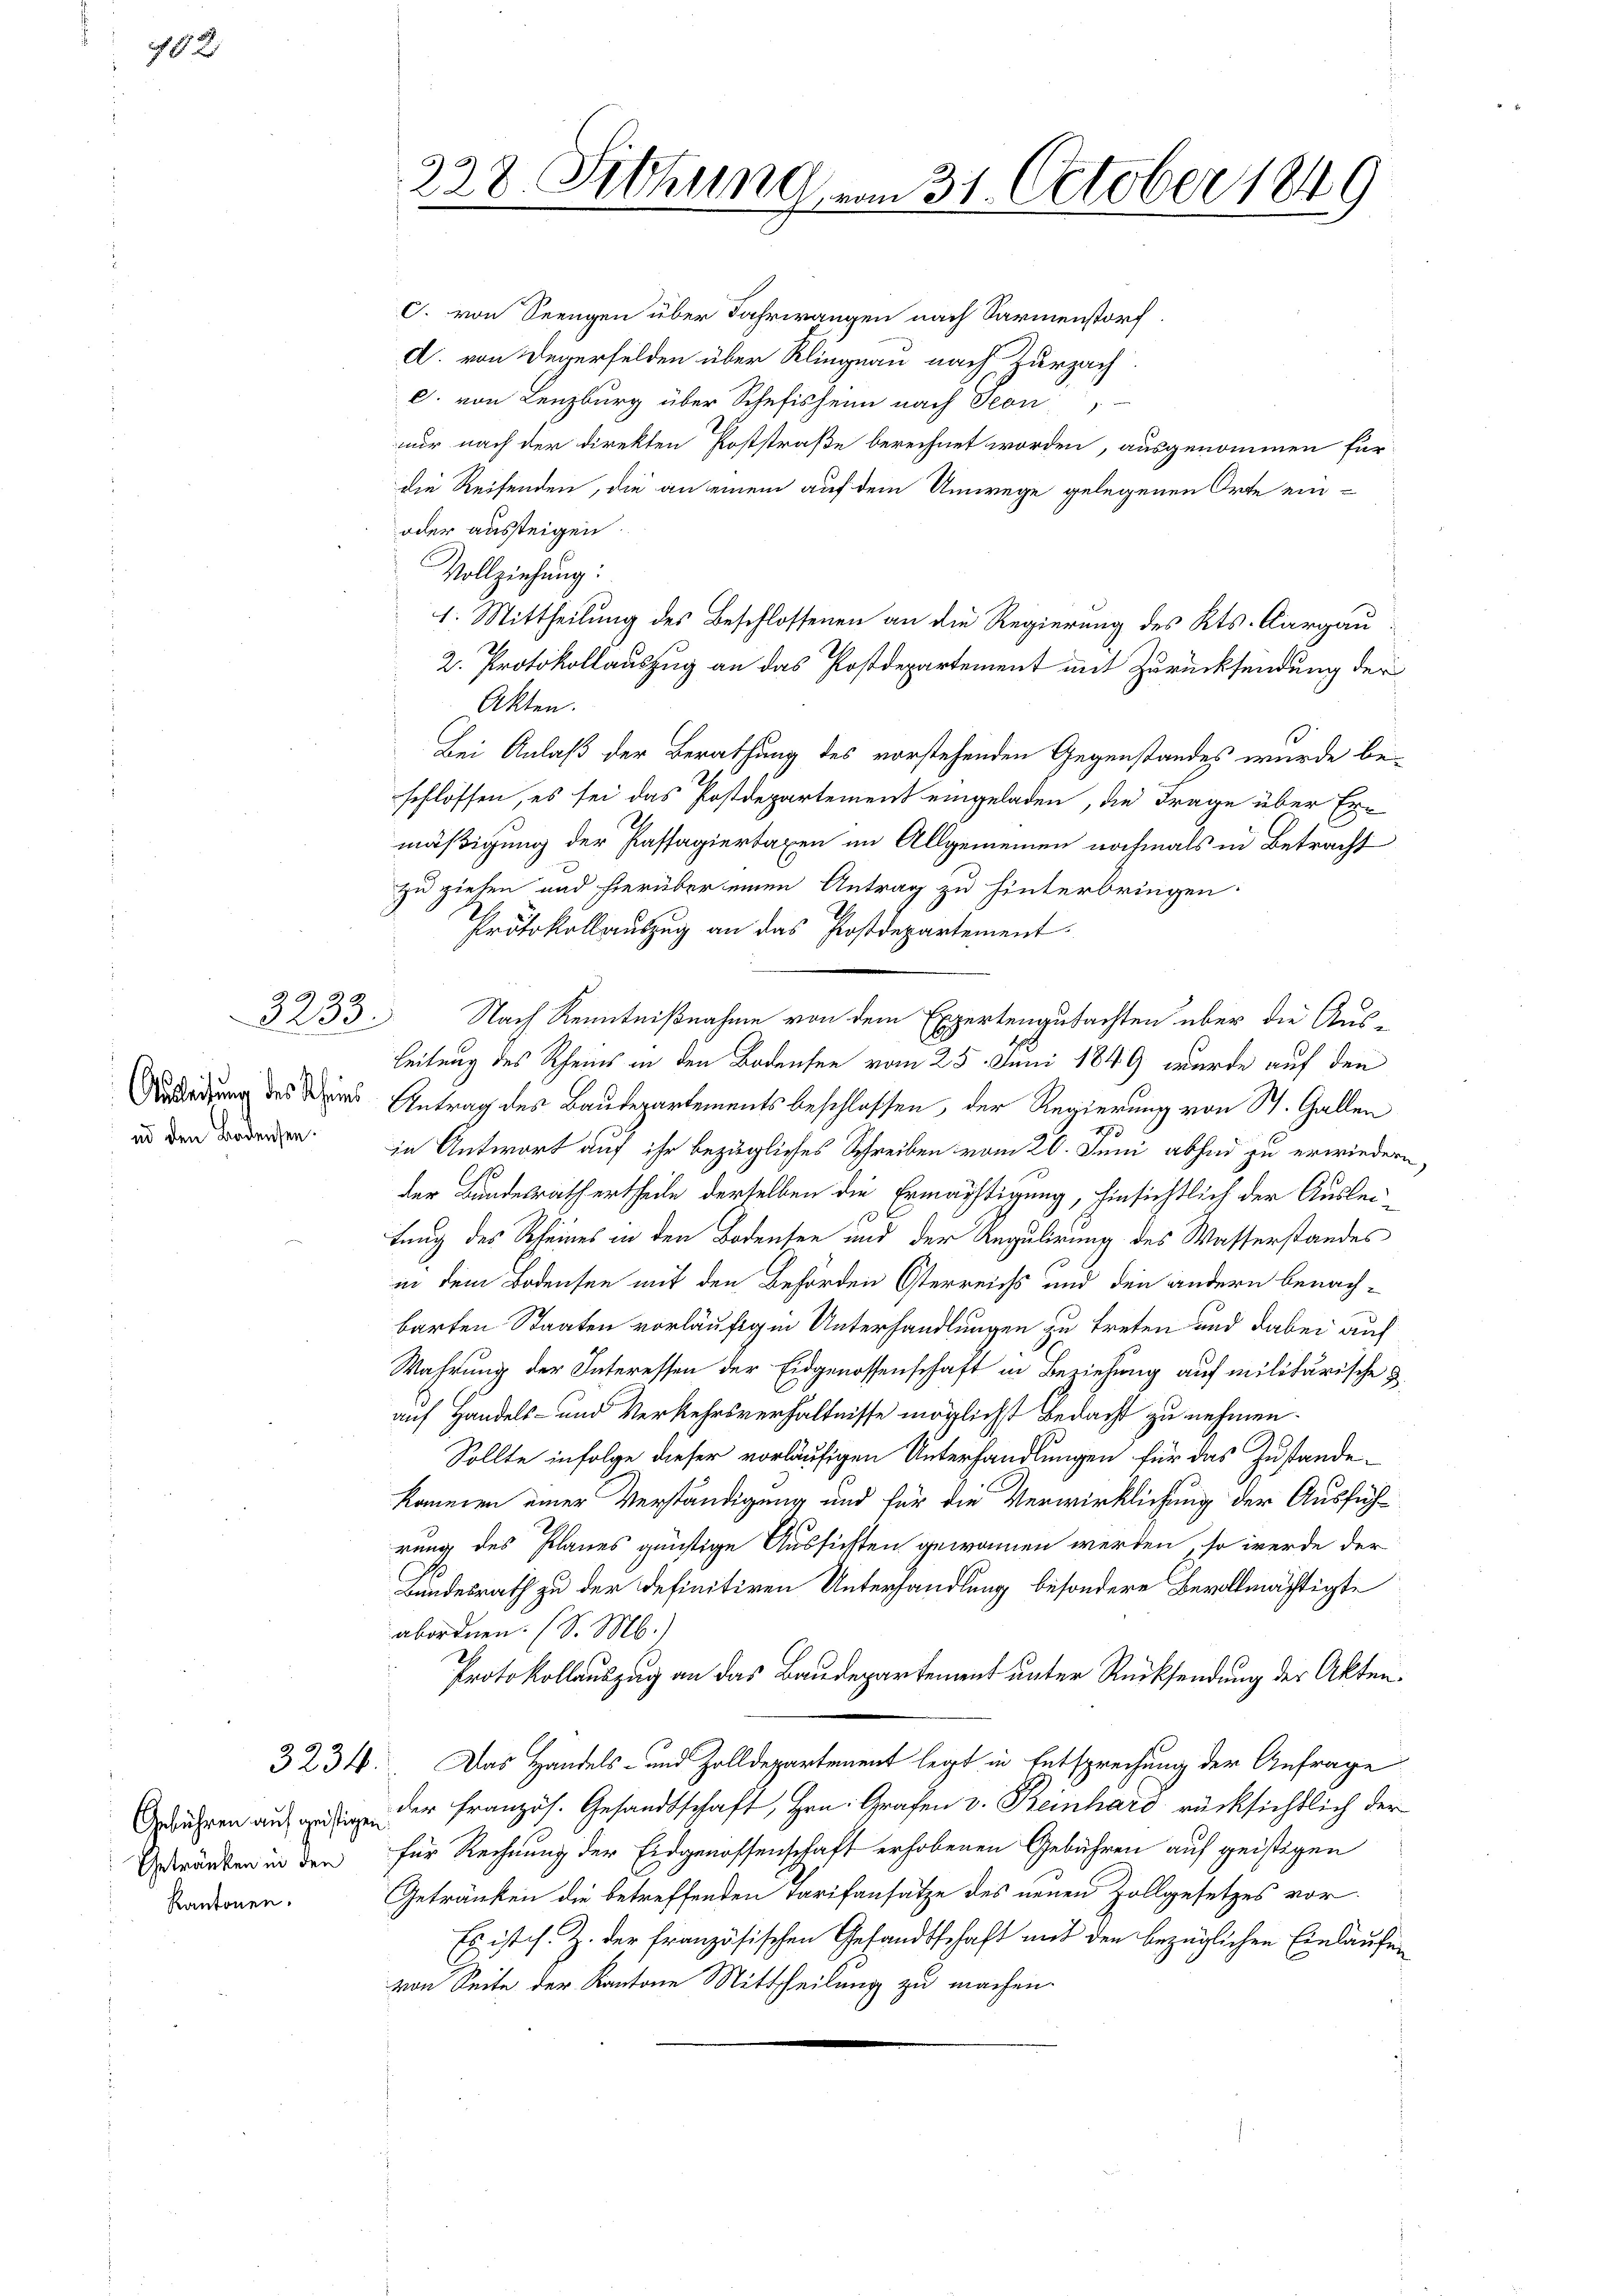
78. 2

Ausleitung des Rheins
ud den Badensen.

3233.

Getränken in den
Kantonen.

228. Sitzung vom 31. October 1849

C. von Seengen über Fahrwangen nach Sarmenstorf.
d. von Wegerfelden über Klingnau nach Zurzach
C. von Lenzburg über Schefisheim nach Seon,
nur nach der direkten Poststraße berechnet worden, ausgenommen für
die Reifenden, die an einem auf dem Umwege gelegenen Orte ein¬
oder aussteigen
Vollziehung:
1. Mittheilung des Beschlossenen an die Regierung des Kts. Aargau
2. Protokollauszug an das Postdepartement mit Zurücksendung der
Akten.
Bei Anlaß der Berathung des vorstehenden Gegenstandes wurde beschlossen, es sei das Postdepartement eingeladen, die Frage über Ermäßigung der Kassagiertaxen im Allgemeinen nochmals in Betracht
zu ziehen und hierüber einen Antrag zu hinterbringen.
Protokollauszug an das Postdepartement
Nach Kenntnißnahme von dem Expertengutachten über die Aus¬
Leitung des Rheins in den Bodensee vom 25. Juni 1849 wurde auf den
Antrag des Baudepartements beschlossen, der Regierung von St. Gallen
in Antwort auf ihr bezügliches Schreiben vom 20. Juni absud zu erwiedern,
der Bundesrath ertheile derselben die Ermächtigung, hinsichtlich der Ausleitung des Rheines in den Bodensee und der Regulirung des Wasserstandes
in dem Bodensee mit den Behörden Österreichs und den andern benach-
barten Staaten vorläufig in Unterhandlungen zu treten und dabei auf
Wahrung der Interessen der Eidgenossenschaft in Beziehung auf militärische d
auf Handels- und Verkehrsverhältnisse möglichst Bedacht zu nehmen.
Sollte infolge dieser vorläufigen Unterhandlungen für das Zustandekommen einer Verständigung und für die Verwirklichung der Ausführung des Planes günstige Aussichten gewonnen werden, so werde der
Landesrath zu der definitiven Unterhandlung besondere Bevollmächtigte
abordnen. (S. M.)
Protokollauszug an das Baudepartement unter Rücksendung der Akten.
3234. Das Handels- und Zolldepartement legt in Entsprechung der Anfrage
ühren an der französ. Gesandtschaft, Hrn. Grafen v. Reinhard rücksichtlich der
für Rechnung der Eidgenossenschaft erhobenen Gebühren auf geistigen
Getränken die betreffenden Tarifansätze des neuen Zollgesetzes vor¬
Es ist s. Z. der französischen Gesandtschaft mit den bezüglichen Einlaufen
von Seite der Kantone Mittheilung zu machen.